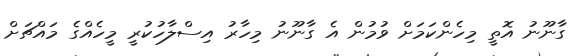
ގާނޫނު އޮތީ މިހެންކަމަށް ވުމުން އެ ގާނޫނު މިހާރު އިސްލާހުކުރީ މީހެއްގެ މައްޗަށް